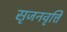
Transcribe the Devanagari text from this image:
सृजनवृत्ति